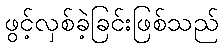
ဖွင့်လှစ်ခဲ့ခြင်းဖြစ်သည်